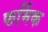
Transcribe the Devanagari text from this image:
फर्मिक